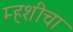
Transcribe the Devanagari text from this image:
म्हशीचा